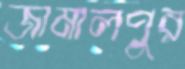
জামালপুর